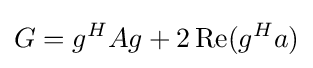
G=g^{H}Ag+2\operatorname {Re} (g^{H}a)